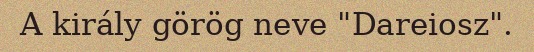
A király görög neve "Dareiosz".